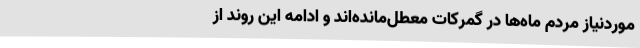
موردنیاز مردم ماه‌ها در گمرکات معطل‌مانده‌اند و ادامه این روند از